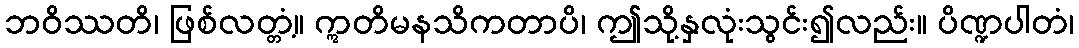
ဘဝိဿတိ၊ ဖြစ်လတ္တံ့။ ဣတိမနသိကတာပိ၊ ဤသို့နှလုံးသွင်း၍လည်း။ ပိဏ္ဍပါတံ၊